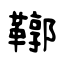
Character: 鞹